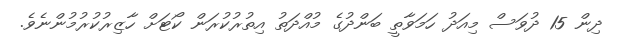
ދިން 15 ދުވަސް މިއަދު ހަމަވާތީ ބަންދުގެ މުއްދަތު އިތުރުކުރަން ކޯޓަށް ހާޒިރުކުރުމުންނެވެ.